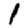
Digit: 1